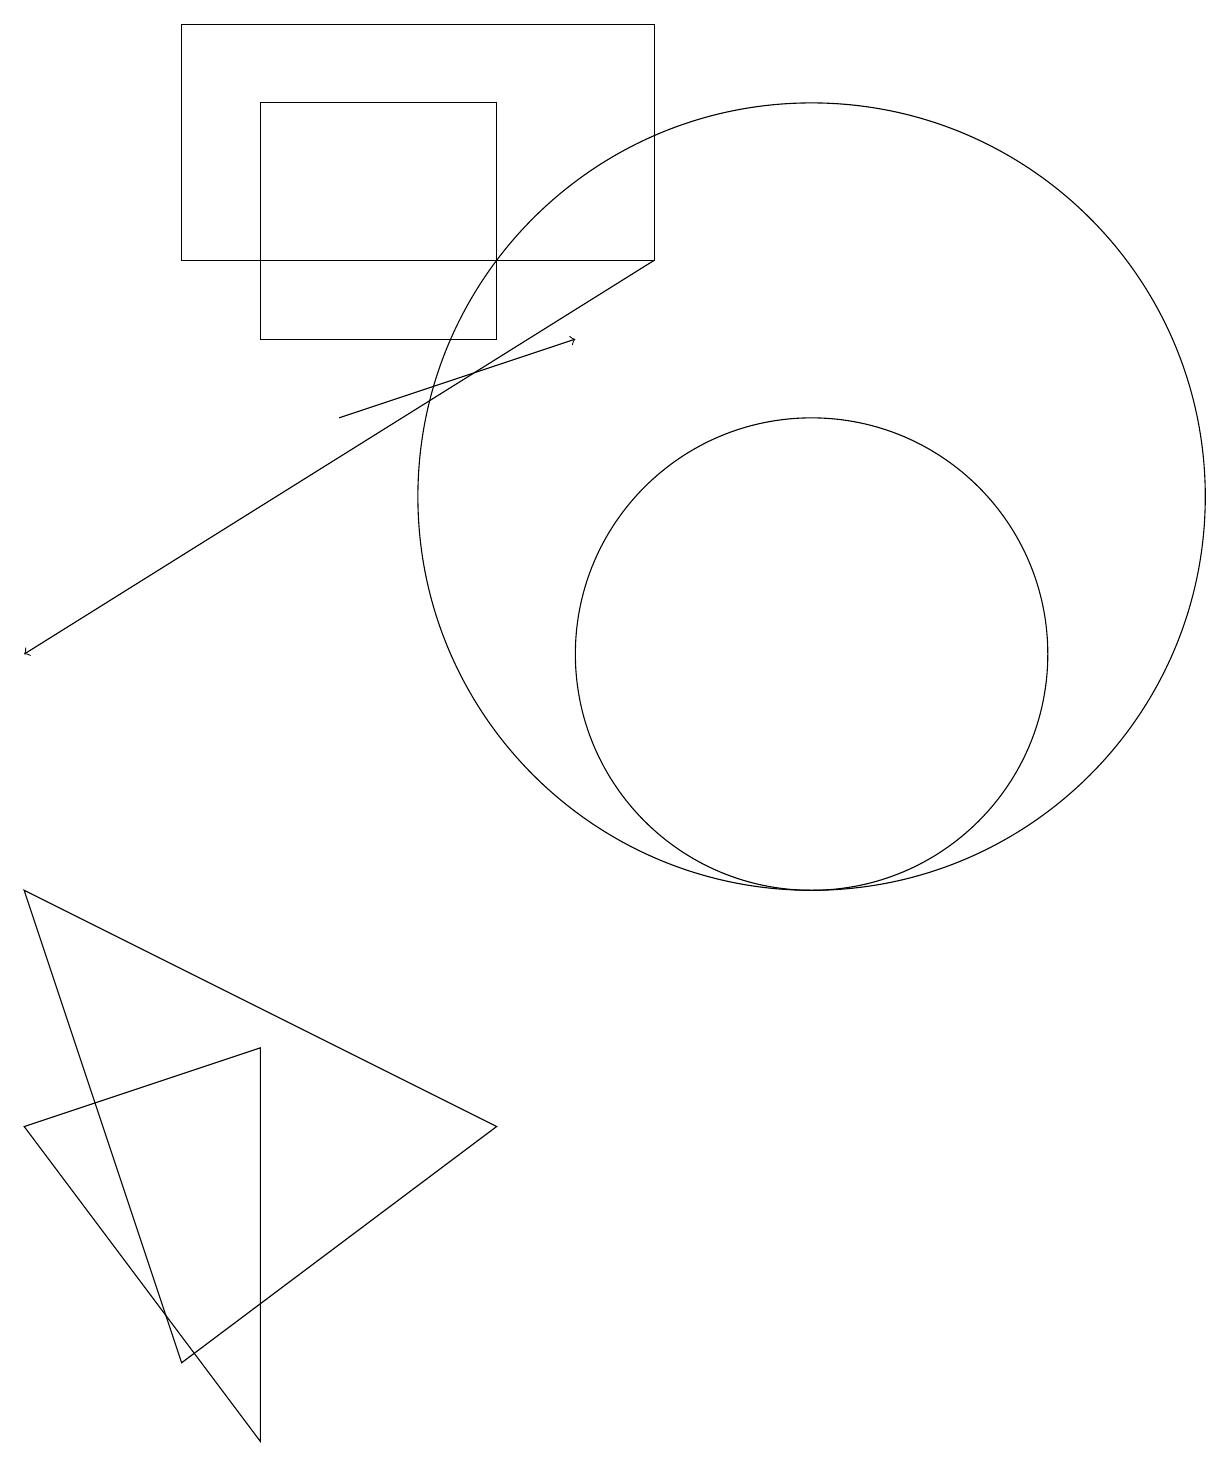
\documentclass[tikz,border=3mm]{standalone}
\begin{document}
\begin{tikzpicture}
\draw (10,10) circle (3);
\draw (3,0) -- (0,4) -- (3,5) -- cycle;
\draw (0,7) -- (6,4) -- (2,1) -- cycle;
\draw (10,12) circle (5);
\draw (8,15) rectangle (2,18);
\draw (3,17) rectangle (6,14);
\draw[->] (4,13) -- (7,14);
\draw[->] (8,15) -- (0,10);
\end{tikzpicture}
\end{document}